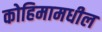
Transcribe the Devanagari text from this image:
कोहिमामधील